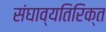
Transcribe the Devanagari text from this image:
संघाव्यतिरिक्त